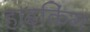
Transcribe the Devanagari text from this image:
हाइकिंग